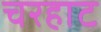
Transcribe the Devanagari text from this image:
चरहाट